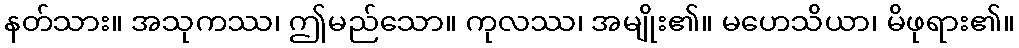
နတ်သား။ အသုကဿ၊ ဤမည်သော။ ကုလဿ၊ အမျိုး၏။ မဟေသိယာ၊ မိဖုရား၏။